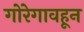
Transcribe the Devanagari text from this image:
गोरेगावहून